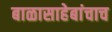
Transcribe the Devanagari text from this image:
बाळासाहेबांचाच